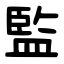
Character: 監